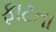
ફાટતા